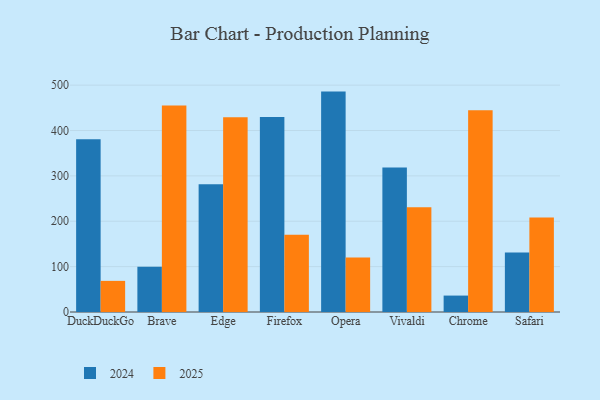
{"axis": {"x": "Browser", "y": "Website Visitors"}, "legend": ["2024", "2025"], "data": [{"x": "DuckDuckGo", "y": 380.7, "type": "2024"}, {"x": "DuckDuckGo", "y": 68.6, "type": "2025"}, {"x": "Brave", "y": 100.0, "type": "2024"}, {"x": "Brave", "y": 455.0, "type": "2025"}, {"x": "Edge", "y": 281.7, "type": "2024"}, {"x": "Edge", "y": 429.2, "type": "2025"}, {"x": "Firefox", "y": 429.9, "type": "2024"}, {"x": "Firefox", "y": 170.2, "type": "2025"}, {"x": "Opera", "y": 485.8, "type": "2024"}, {"x": "Opera", "y": 120.3, "type": "2025"}, {"x": "Vivaldi", "y": 318.6, "type": "2024"}, {"x": "Vivaldi", "y": 231.0, "type": "2025"}, {"x": "Chrome", "y": 36.2, "type": "2024"}, {"x": "Chrome", "y": 444.8, "type": "2025"}, {"x": "Safari", "y": 130.9, "type": "2024"}, {"x": "Safari", "y": 208.4, "type": "2025"}]}